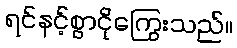
ရင်နင့်စွာငိုကြွေးသည်။